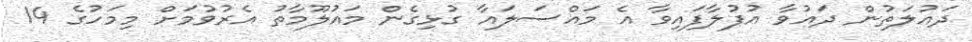
ދައުލަތުން ދައުވާ އުފުލާފައިވާ އެ މައްސަލައާ ގުޅިގެން މައުލޫމާތު އެރުވުމަށް މިމަހުގެ 14